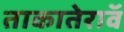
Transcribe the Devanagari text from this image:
ताकातेराॅव